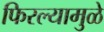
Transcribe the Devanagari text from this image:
फिरल्यामुळे